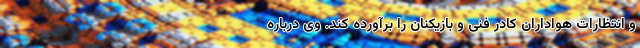
و انتظارات هواداران کادر فنی و بازیکنان را برآورده کند. وی درباره